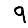
Digit: 9